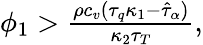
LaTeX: \begin{array}{r}{\phi_{1}>\frac{\rho c_{v}(\tau_{q}\kappa_{1}-\hat{\tau}_{\alpha})}{\kappa_{2}\tau_{T}},}\end{array}